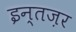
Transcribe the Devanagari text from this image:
इन्तज़र